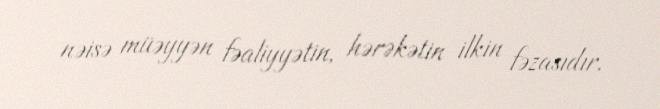
nəisə müəyyən fəaliyyətin, hərəkətin ilkin fəzasıdır.